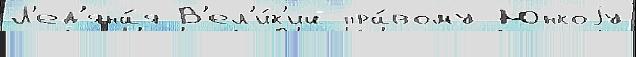
Л'ед'яна́я В'ел'и́к'ий пра́вому Юнкоjу